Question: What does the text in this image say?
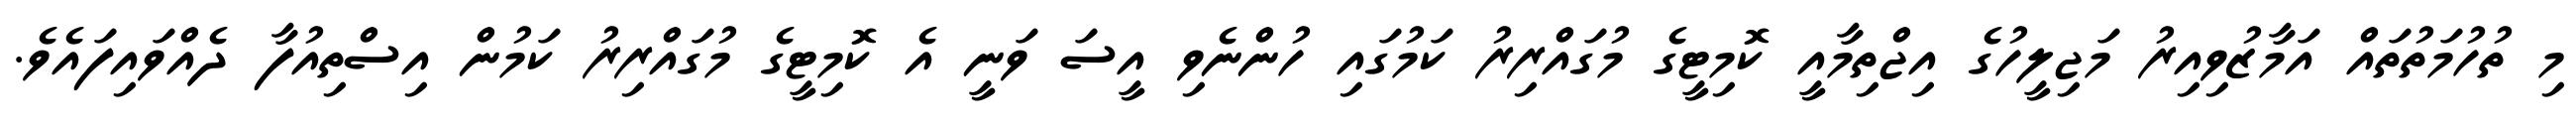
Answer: މި ތުހުމަތުތައް އަމާޒުވިއިރު މަޖިލީހުގެ އިޖްތިމާއީ ކޮމިޓީގެ މުގައްރިރު ކަމުގައި ހުންނެވި އީސަ ވަނީ އެ ކޮމިޓީގެ މުގައްރިރު ކަމުން އިސްތިއުފާ ދެއްވައިފައެވެ.